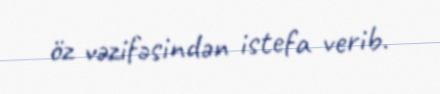
öz vəzifəsindən istefa verib.